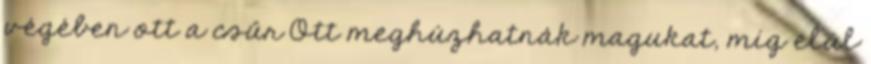
végében ott a csűr Ott meghúzhatnák magukat, míg elül